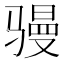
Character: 𮹎